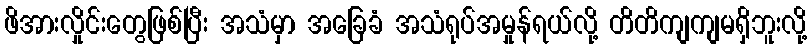
ဖိအားလှိုင်းတွေဖြစ်ပြီး အသံမှာ အခြေခံ အသံရုပ်အမှုန်ရယ်လို့ တိတိကျကျမရှိဘူးလို့